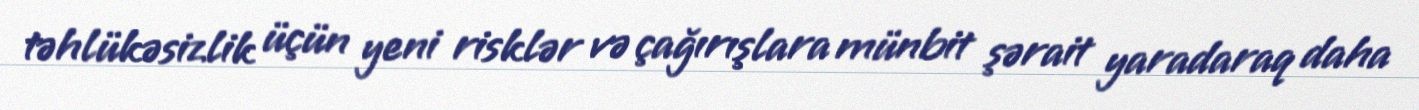
təhlükəsizlik üçün yeni risklər və çağırışlara münbit şərait yaradaraq daha